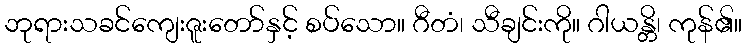
ဘုရားသခင်ကျေးဇူးတော်နှင့် စပ်သော။ ဂီတံ၊ သီချင်းကို။ ဂါယန္တိ၊ ကုန်၏။